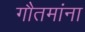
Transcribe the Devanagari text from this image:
गौतमांना